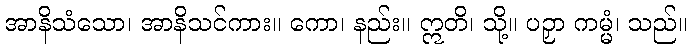
အာနိသံသော၊ အာနိသင်ကား။ ကော၊ နည်း။ ဣတိ၊ သို့။ ပဉှာ ကမ္မံ၊ သည်။